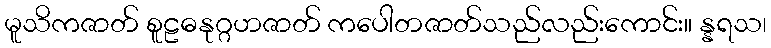
မူသိကဇာတ် စူဠဓနုဂ္ဂဟဇာတ် ကပေါတဇာတ်သည်လည်းကောင်း။ န္နရသ၊